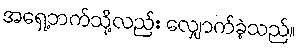
အရှေ့ဘက်သို့လည်း လျှောက်ခဲ့သည်။